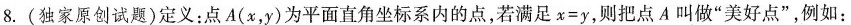
8.(独家原创试题)定义：点A(x，y)为平面直角坐标系内的点，若满足$$x = y$$，则把点A叫做”美好点”，例如：